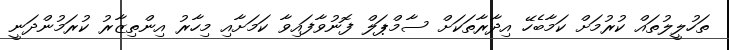
ތަހުލީލުތައް ކުރުމަށް ކަމާބެހޭ އިދާރާތަކަށް ސާމްޕަލް ފޮނުވާފައިވާ ކަމަށާއި މިހާރު އިންތިޒާރު ކުރަމުންދަނީ